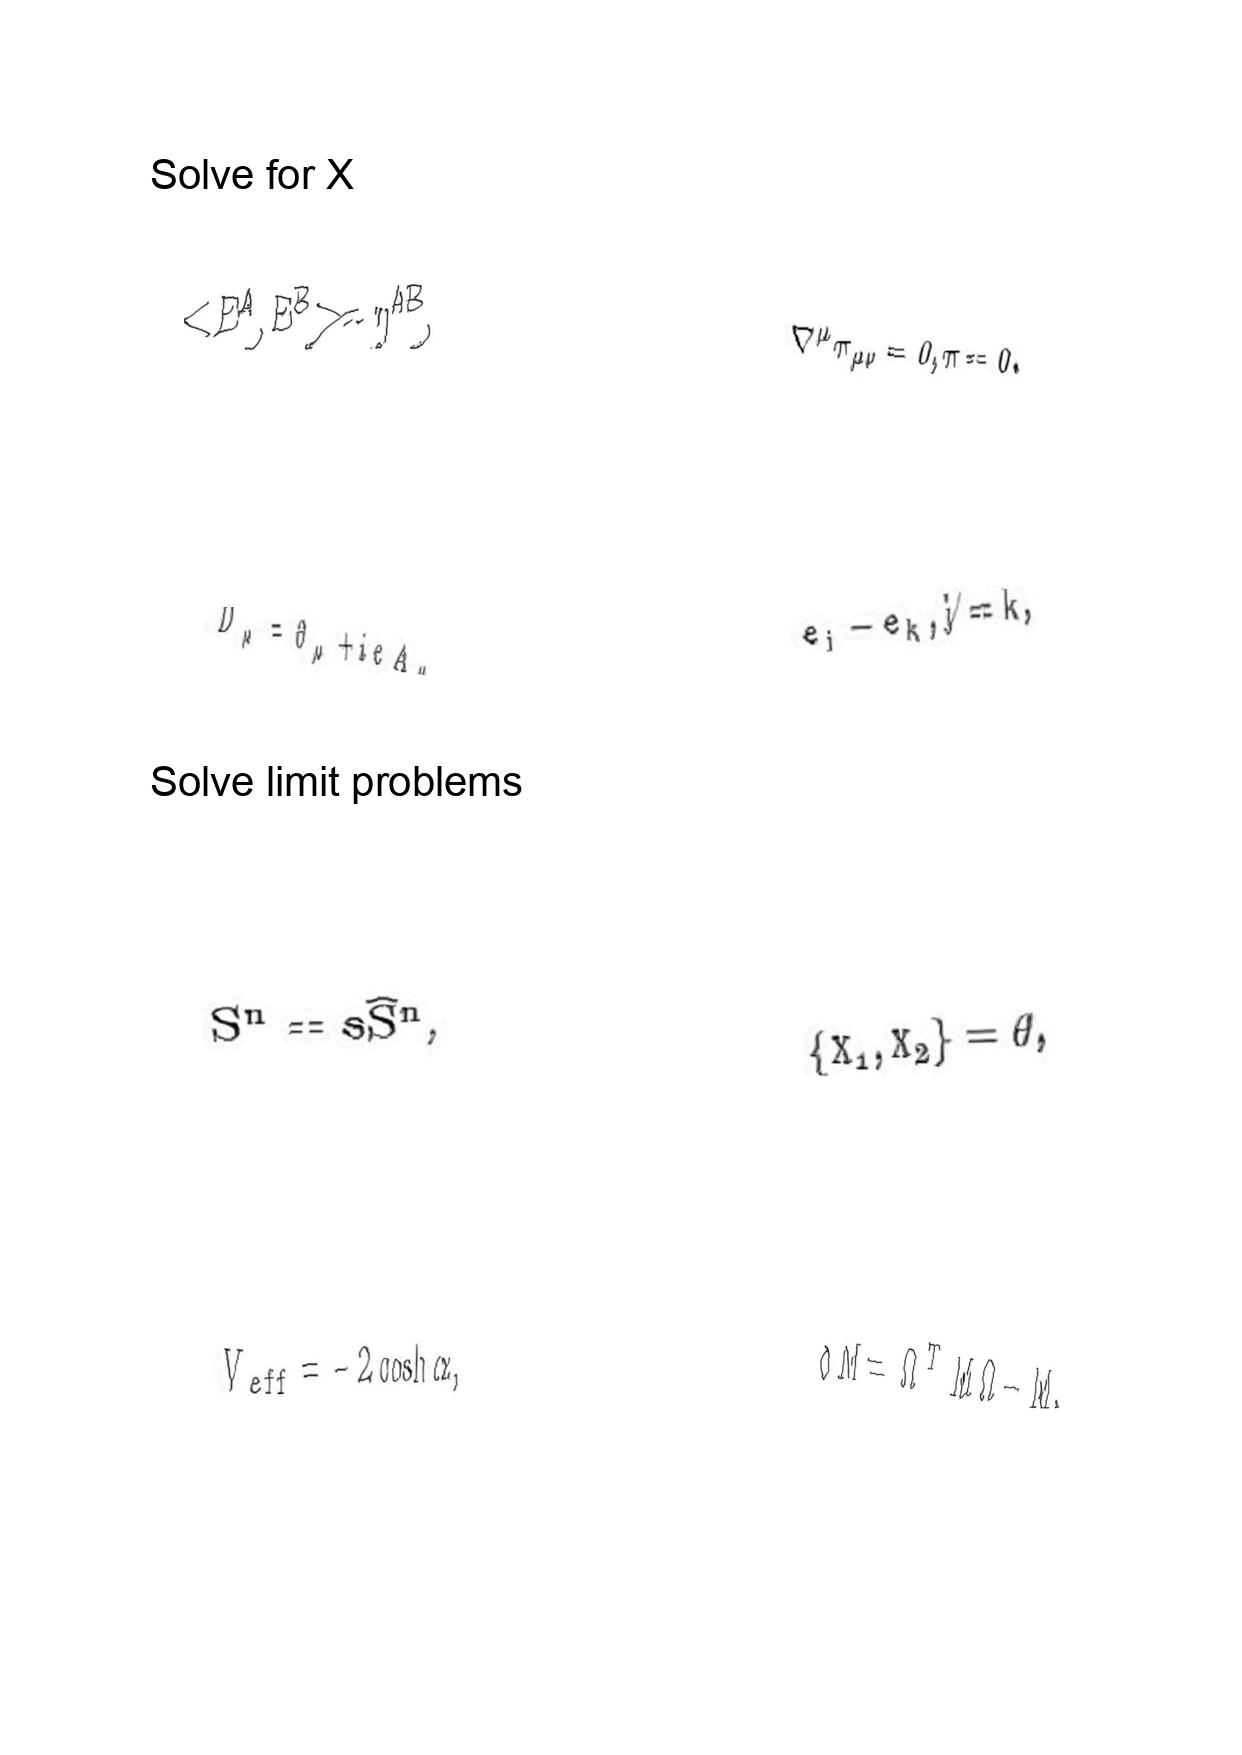
LaTeX transcription:
\lt E ^ { A } , E ^ { B } \gt = \eta ^ { A B } ,
D _ { \mu } = \partial _ { \mu } + i e A _ { \mu }
S ^ { n } = s \hat { S } ^ { n } ,
V _ { e f f } = - 2 \cosh \alpha ,
\nabla ^ { \mu } \pi _ { \mu \nu } = 0 , \pi = 0 .
e _ { j } - e _ { k } , j \neq k ,
\lbrace X _ { 1 } , X _ { 2 } \rbrace = \theta ,
\delta M = \Omega ^ { T } M \Omega - M ,